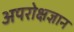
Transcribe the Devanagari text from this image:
अपरोक्षज्ञान